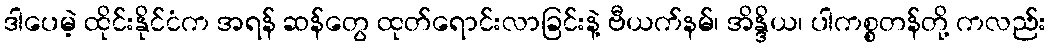
ဒါပေမဲ့ ထိုင်းနိုင်ငံက အရန် ဆန်တွေ ထုတ်ရောင်းလာခြင်းနဲ့ ဗီယက်နမ်၊ အိန္ဒိယ၊ ပါကစ္စတန်တို့ ကလည်း